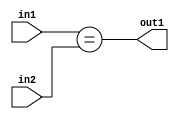
`timescale 1ps / 1ps
/*****************************************************************************
    Verilog RTL Description
    
    
    Created by: Stratus DpOpt 21.05.01 
*******************************************************************************/

module dut_Equal_6Ux2U_1U_1 (
	in2,
	in1,
	out1
	); /* architecture "behavioural" */ 
input [5:0] in2;
input [1:0] in1;
output  out1;
wire  asc001;

assign asc001 = (in1==in2);

assign out1 = asc001;
endmodule

/* CADENCE  urnzSw0= : u9/ySxbfrwZIxEzHVQQV8Q== ** DO NOT EDIT THIS LINE ******/